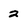
Character: 2